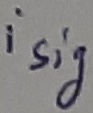
Text: isig